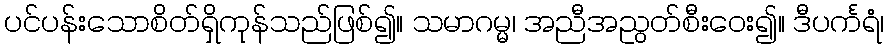
ပင်ပန်းသောစိတ်ရှိကုန်သည်ဖြစ်၍။ သမာဂမ္မ၊ အညီအညွတ်စီးဝေး၍။ ဒီပင်္ကရံ၊